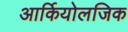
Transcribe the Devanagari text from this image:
आर्कियोलजिक